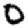
Digit: 0